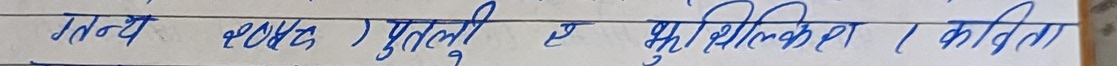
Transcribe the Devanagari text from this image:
ग्रन्थ (2009) पुतली ए खुशिमकिरा (कविता)